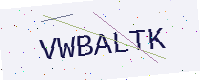
Text: VWBALTK